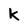
Character: K